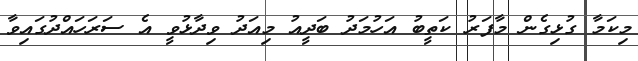
މިކަމާ ގުޅިގެން މާފަރު ކަތީބު އަހުމަދު ބަދީއު މިއަދު ވިދާޅުވީ އެ ސަރަހައްދުގައިވާ